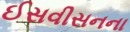
ઈસવીસનના